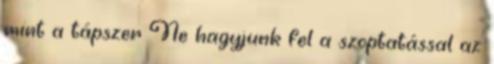
mint a tápszer Ne hagyjunk fel a szoptatással az